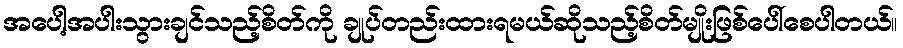
အပေါ့အပါးသွားချင်သည့်စိတ်ကို ချုပ်တည်းထားရမယ်ဆိုသည့်စိတ်မျိုးဖြစ်ပေါ်စေပါတယ်။